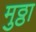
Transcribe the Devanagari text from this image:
मुठ्ठा